Scottish Leaving Certificate Examination, 1957
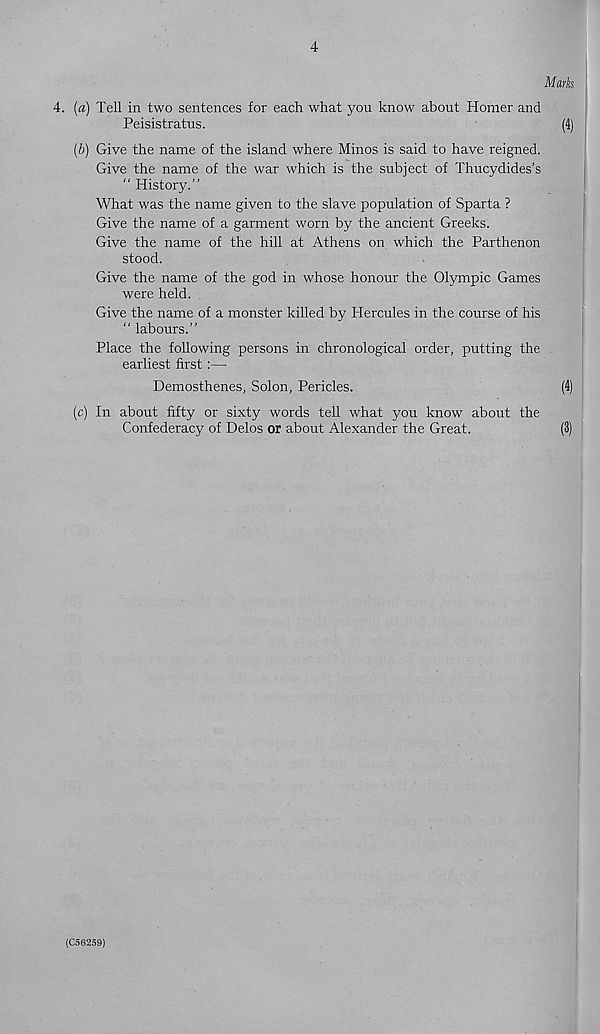
4
Marks
4. (a) Tell in two sentences for each what you know about Homer and
Peisistratus.
(4)
(6) Give the name of the island where Minos is said to have reigned.
Give the name of the war which is the subject of Thucydides’s
“ History.”
What was the name given to the slave population of Sparta ?
Give the name of a garment worn by the ancient Greeks.
Give the name of the hill at Athens on which the Parthenon
stood.
Give the name of the god in whose honour the Olympic Games
were held.
Give the name of a monster killed by Hercules in the course of his
“ labours.”
Place the following persons in chronological order, putting the
earliest first:—
Demosthenes, Solon, Pericles.
(4)
(c) In about fifty or sixty words tell what you know about the
Confederacy of Delos or about Alexander the Great.
(3)
(C56259)